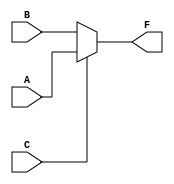
module Choice(A,B,C,F);
input A,B,C;
output F;
assign F = C ? A : B;
endmodule